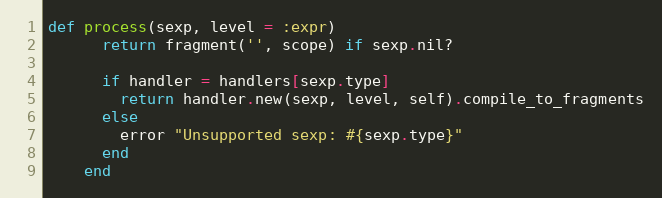
Language: Ruby
def process(sexp, level = :expr)
      return fragment('', scope) if sexp.nil?

      if handler = handlers[sexp.type]
        return handler.new(sexp, level, self).compile_to_fragments
      else
        error "Unsupported sexp: #{sexp.type}"
      end
    end